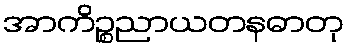
အာကိဉ္စညာယတနဓာတု